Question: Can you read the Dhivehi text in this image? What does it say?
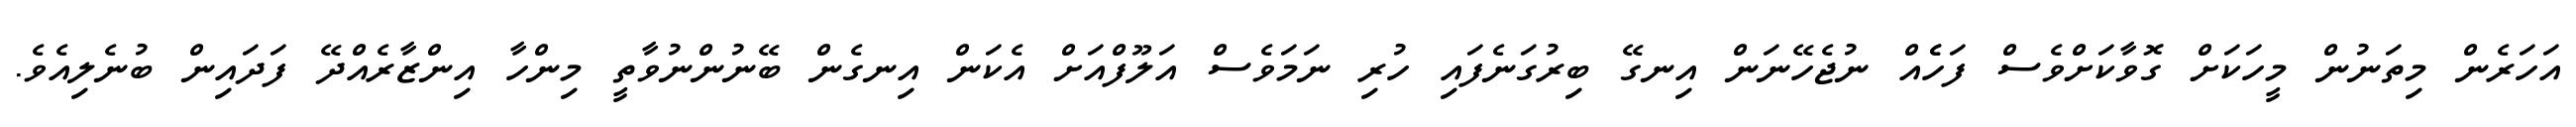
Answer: އަހަރެން މިތަނުން މީހަކަށް ގޮވާކަށްވެސް ފަހެެއް ނުޖެހޭނަން އިނގޭ ބިރުގަނެފައި ހުރި ނަމަވެސް އަލޫފްއަށް އެކަން އިނގެން ބޭނުންނުވާތީ މިންހާ އިންޒާރެއްދޭ ފަދައިން ބުނެލިއެވެ.